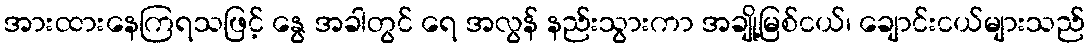
အားထားနေကြရသဖြင့် နွေ အခါတွင် ရေ အလွန် နည်းသွားကာ အချို့မြစ်ငယ်၊ ချောင်းငယ်များသည်